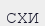
СХИ